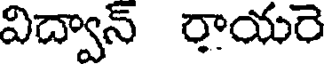
విద్వాన్ రాయరె